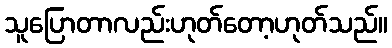
သူပြောတာလည်းဟုတ်တော့ဟုတ်သည်။